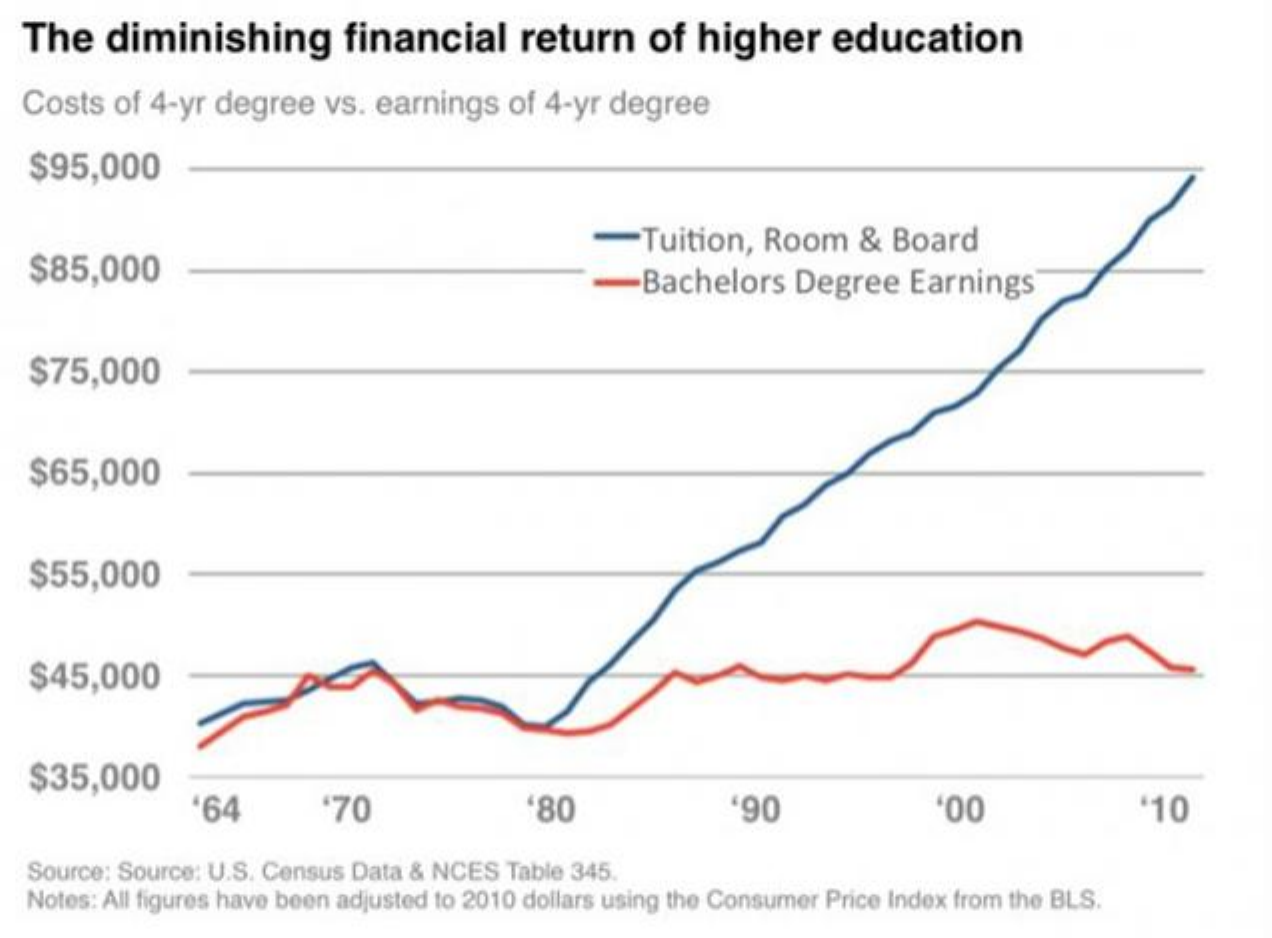
The   diminishing    financial    return    of higher    education
  Costs  of 4-yr degree  vs. earnings  of 4-yr degree
   $95,000
   $85,000
     -Tuition,    Room   &  Board
     -Bachelors    Degree  Earnings
   $75,000
   $65,000
   $55,000
  $45,000
   $35,000
     '64    '70    '80    '90    '00    '10
  Source: Source: U.S. Census Data & NCES Table 345.
  Notes: All figures have been adjusted to 2010 dollars using the Consumer Price Index from the BLS.